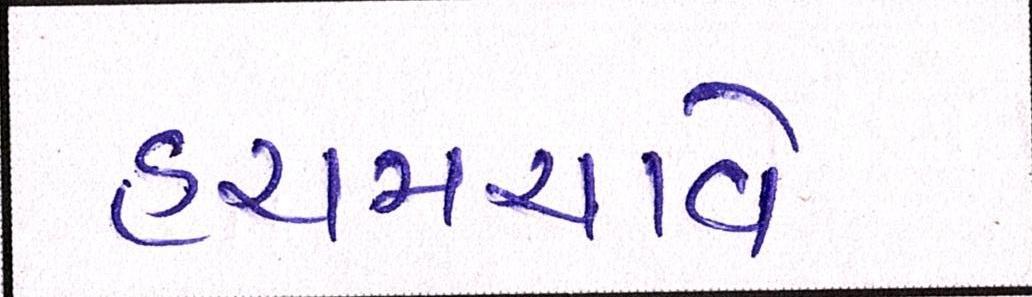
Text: હચમચાવે